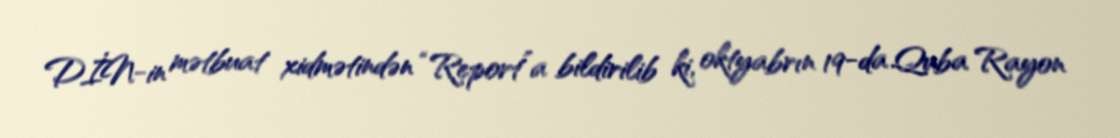
DİN-in mətbuat xidmətindən “Report”a bildirilib ki, oktyabrın 19-da Quba Rayon